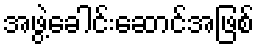
အဖွဲ့ခေါင်းဆောင်အဖြစ်